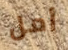
أمل